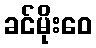
ခင်မိုးဝေ